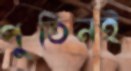
পুতিনই